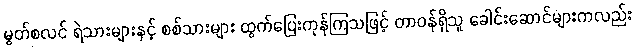
မွတ်စလင် ရဲသားများနှင့် စစ်သားများ ထွက်ပြေးကုန်ကြသဖြင့် တာဝန်ရှိသူ ခေါင်းဆောင်များကလည်း